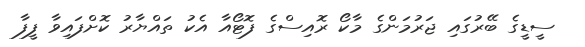
ސީޑީގެ ބޭރުގައި ޖަރުމަންގެ މާކޯ ރޮއިސްގެ ފޮޓޯއާ އެކު ތައްޔާރު ކޮށްފައިވާ ފީފާ